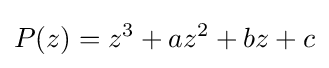
P(z)=z^{3}+az^{2}+bz+c